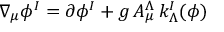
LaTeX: \nabla _ { \mu } \phi ^ { I } = \partial \phi ^ { I } + g \, A _ { \mu } ^ { \Lambda } \, k _ { \Lambda } ^ { I } ( \phi )